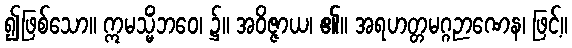
၍ဖြစ်သော။ ဣမသ္မိံဘဝေ၊ ၌။ အဝိဇ္ဇာယ၊ ၏။ အရဟတ္တမဂ္ဂဉာဏေန၊ ဖြင့်။